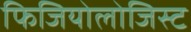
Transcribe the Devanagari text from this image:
फिजियोलोजिस्ट